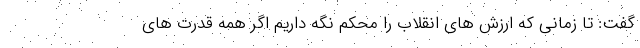
گفت: تا زمانی که ارزش های انقلاب را محکم نگه داریم اگر همه قدرت های